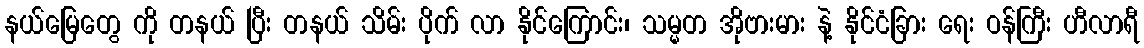
နယ်မြေတွေ ကို တနယ် ပြီး တနယ် သိမ်း ပိုက် လာ နိုင်ကြောင်း၊ သမ္မတ အိုဗားမား နဲ့ နိုင်ငံခြား ရေး ဝန်ကြီး ဟီလာရီ